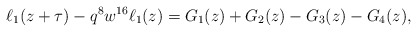
\begin{align*}\ell_1(z+\tau)-q^8w^{16}\ell_1(z)=G_1(z)+G_2(z)-G_3(z)-G_4(z),\end{align*}